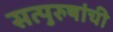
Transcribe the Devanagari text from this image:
सत्‍पुरुषांची